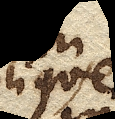
oblique